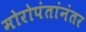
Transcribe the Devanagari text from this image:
मोरोपंतांनंतर